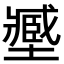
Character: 𡒉